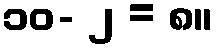
၁၀- ၂ = ၈။